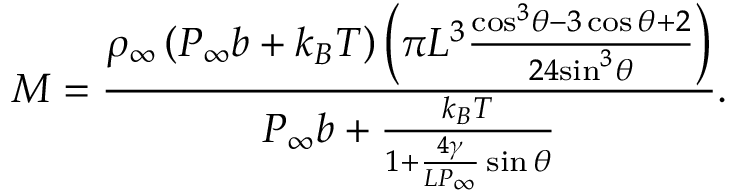
M = \frac { { { \rho } _ { \infty } } \left( { { P } _ { \infty } } { b } + { { k } _ { B } } T \right) \left( { \pi } { { L } ^ { 3 } } \frac { { { \cos } ^ { 3 } } \theta - 3 \cos \theta + 2 } { 2 4 { { \sin } ^ { 3 } } \theta } \right) } { { { P } _ { \infty } } { b } + \frac { { { k } _ { B } } T } { 1 + \frac { 4 \gamma } { L { { P } _ { \infty } } } \sin \theta } } .